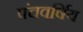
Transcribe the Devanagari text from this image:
पंचवर्षिय